Source: Handwritten
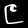
Digit: ၉ (9)